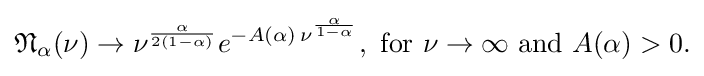
{\begin{aligned}{\mathfrak {N}}_{\alpha }(\nu )&\rightarrow \nu ^{\frac {\alpha }{2(1-\alpha )}}e^{-A(\alpha )\,\nu ^{\frac {\alpha }{1-\alpha }}},{\text{ for }}\nu \rightarrow \infty {\text{ and }}A(\alpha )>0.\\\end{aligned}}